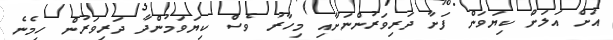
އަށް އަލަށް ކިޔަވަން ފަށާ ދަރިވަރުންނަށާއި މިހާރު ވެސް ކިޔަވަމުންދާ ދަރިވަރުން ހިމެނެ